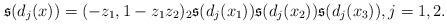
LaTeX: \begin{align*}\mathfrak{s}(d_j(x))=(-z_1,1-z_1z_2)_2\mathfrak{s}(d_j(x_1))\mathfrak{s}(d_j(x_2))\mathfrak{s}(d_j(x_3)),j=1,2.\end{align*}